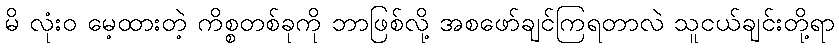
မိ လုံးဝ မေ့ထားတဲ့ ကိစ္စတစ်ခုကို ဘာဖြစ်လို့ အစဖော်ချင်ကြရတာလဲ သူငယ်ချင်းတို့ရာ